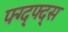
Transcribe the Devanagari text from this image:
फ्ग्द्फ्द्स